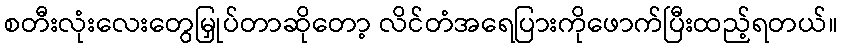
စတီးလုံးလေးတွေမြှုပ်တာဆိုတော့ လိင်တံအရေပြားကိုဖောက်ပြီးထည့်ရတယ်။